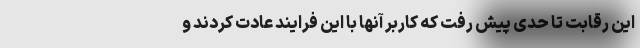
این رقابت تا حدی پیش رفت که کاربر آنها با این فرایند عادت کردند و